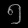
Digit: ၅